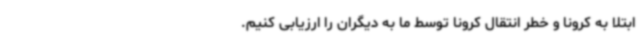
ابتلا به کرونا و خطر انتقال کرونا توسط ما به دیگران را ارزیابی کنیم.